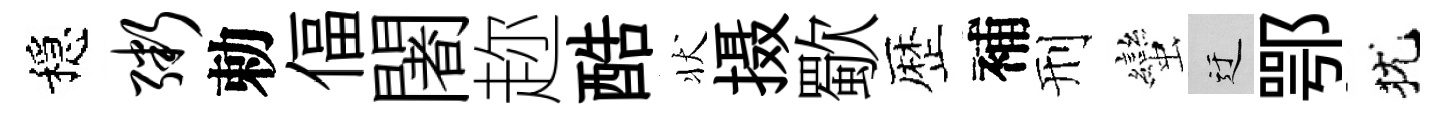
穩粥勅偪闍趂酷状摄歜歴補刑蠻迂鄂犹